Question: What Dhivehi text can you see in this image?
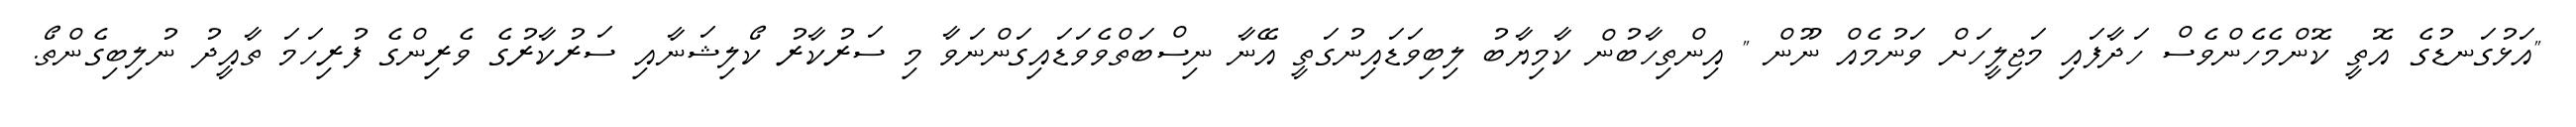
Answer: "އަޅުގަނޑުގެ އޮތީ ކޮންމެހެންވެސް ހަދާފައި މަޖިލީހަށް ވަނުމެއް ނޫން " އިންތިހާބުން ކާމިޔާބު ލިބިވަޑައިނުގަތީ އޭނާ ނިސްބަތްވެވަޑައިގަންނަވާ މި ސަރުކާރު ކޯލިޝަނާއި ސަރުކާރުގެ ވެރިންގެ ފުރިހަމަ ތާއީދު ނުލިބިގެންތޯ.